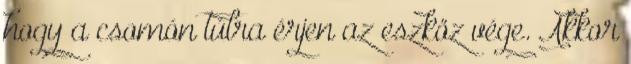
hogy a csomón túlra érjen az eszköz vége. Akkor